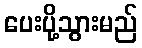
ပေးပို့သွားမည်